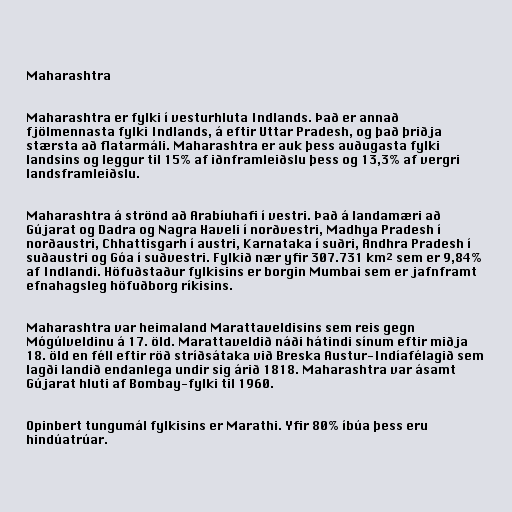
Maharashtra

Maharashtra er fylki í vesturhluta Indlands. Það er annað
fjölmennasta fylki Indlands, á eftir Uttar Pradesh, og það þriðja
stærsta að flatarmáli. Maharashtra er auk þess auðugasta fylki
landsins og leggur til 15% af iðnframleiðslu þess og 13,3% af vergri
landsframleiðslu.

Maharashtra á strönd að Arabíuhafi í vestri. Það á landamæri að
Gújarat og Dadra og Nagra Haveli í norðvestri, Madhya Pradesh í
norðaustri, Chhattisgarh í austri, Karnataka í suðri, Andhra Pradesh í
suðaustri og Góa í suðvestri. Fylkið nær yfir 307.731 km² sem er 9,84%
af Indlandi. Höfuðstaður fylkisins er borgin Mumbai sem er jafnframt
efnahagsleg höfuðborg ríkisins.

Maharashtra var heimaland Marattaveldisins sem reis gegn
Mógúlveldinu á 17. öld. Marattaveldið náði hátindi sínum eftir miðja
18. öld en féll eftir röð stríðsátaka við Breska Austur-Indíafélagið sem
lagði landið endanlega undir sig árið 1818. Maharashtra var ásamt
Gújarat hluti af Bombay-fylki til 1960.

Opinbert tungumál fylkisins er Marathi. Yfir 80% íbúa þess eru
hindúatrúar.